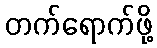
တက်ရောက်ဖို့